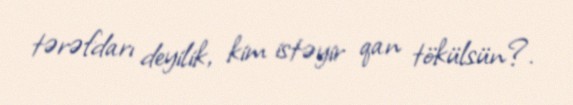
tərəfdarı deyilik, kim istəyir qan tökülsün?.